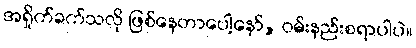
အရှိုက်ခက်သလို ဖြစ်နေတာပေါ့နော်, ဝမ်းနည်းစရာပါပဲ။